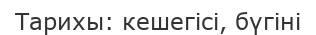
Тарихы: кешегісі, бүгіні